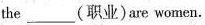
the___(职业)are women.